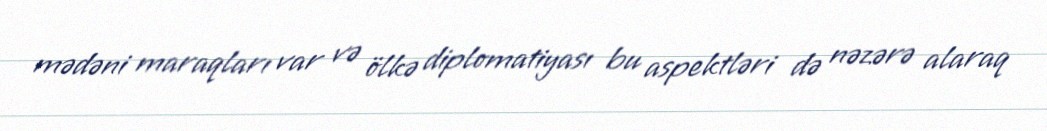
mədəni maraqları var və ölkə diplomatiyası bu aspektləri də nəzərə alaraq